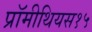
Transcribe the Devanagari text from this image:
प्रॉमीथियस१५